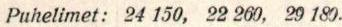
Puhelimet: 24 150, 22 260, 29 180